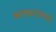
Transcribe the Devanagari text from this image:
कलाकारांमधले